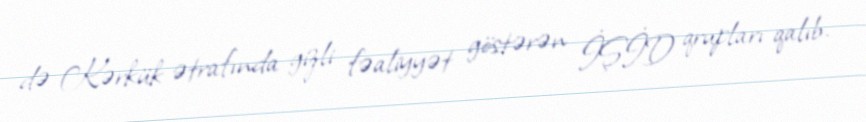
də Kərkük ətrafında gizli fəaliyyət göstərən İŞİD qrupları qalıb.